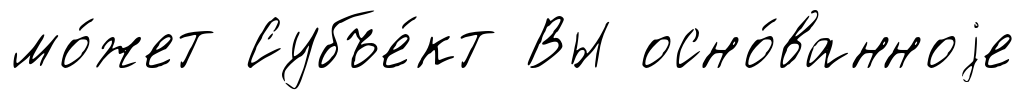
мо́жет Субъе́кт Вы осно́ванноjе